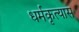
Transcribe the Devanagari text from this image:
धर्मकृत्यास